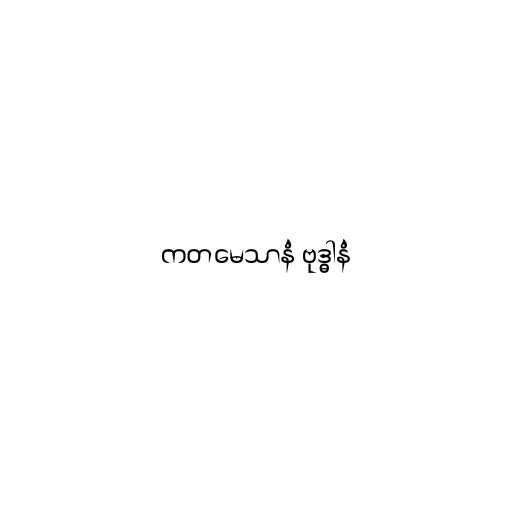
ကတမေသာနံ ဗုဒ္ဓါနံ